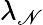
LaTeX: \lambda_{\mathscr{N}}